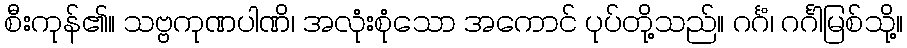
စီးကုန်၏။ သဗ္ဗကုဏပါဏိ၊ အလုံးစုံသော အကောင် ပုပ်တို့သည်။ ဂင်္ဂံ၊ ဂင်္ဂါမြစ်သို့။